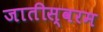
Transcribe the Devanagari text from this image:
जातीस्वरम